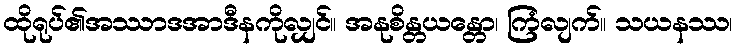
ထိုရုပ်၏အဿာဒအာဒီနကိုလျှင်။ အနုစိန္တယန္တော၊ ကြံလျက်။ သယနဿ၊